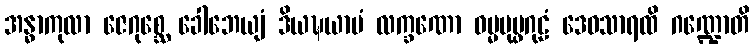
အန္ဓာကုလာ ဇေဂုစ္ဆေ ခေါဘေယျံ ဒိယဍ္ဎယာမံ လက္ခဏော ဓမ္မပုပ္ဖဂုဠံ ဒေဝသာရထိ ဂဏ္ဍောတိ